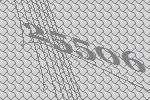
25506